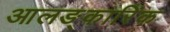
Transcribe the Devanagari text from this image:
आलङ्कारिंक